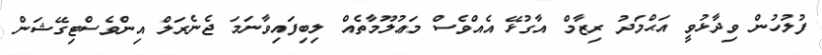
ފުލުހުން ވިދާޅުވީ އަޙްމަދު ރިޒާމް އާގުޅޭ އެއްވެސް މަޢުލޫމާތެއް ލިބިފައިވާނަމަ ޖެނެރަލް އިންވެސްޓިގޭޝަން